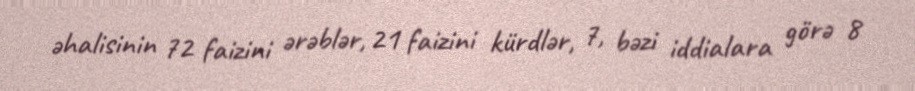
əhalisinin 72 faizini ərəblər, 21 faizini kürdlər, 7, bəzi iddialara görə 8